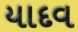
યાદવ